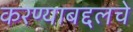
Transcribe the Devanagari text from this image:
करण्याबद्दलचे